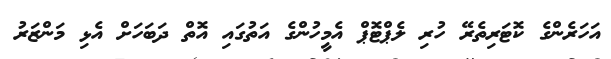
އަހަރެންގެ ކޮޓަރިތެރޭ ހުރި ލެޕްޓޮޕް އެމީހުންގެ އަތުގައި އޮތް ދަބަހަށް އެޅި މަންޒަރު